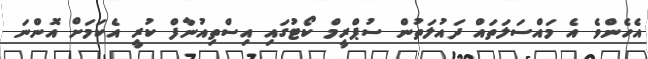
އެހެންވެ އެ މައްސަލަތައް ދައުލަތުން ސުޕްރީމް ކޯޓުގައި އިސްތިއުނާފް ކުރީ އެކަމަށް އޮންނަ